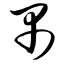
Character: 禺